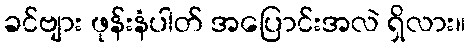
ခင်ဗျား ဖုန်းနံပါတ် အပြောင်းအလဲ ရှိလား။